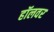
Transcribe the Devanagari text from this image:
हॉलवर